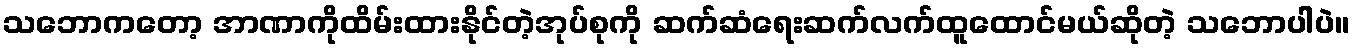
သဘောကတော့ အာဏာကိုထိမ်းထားနိုင်တဲ့အုပ်စုကို ဆက်ဆံရေးဆက်လက်ထူထောင်မယ်ဆိုတဲ့ သဘောပါပဲ။